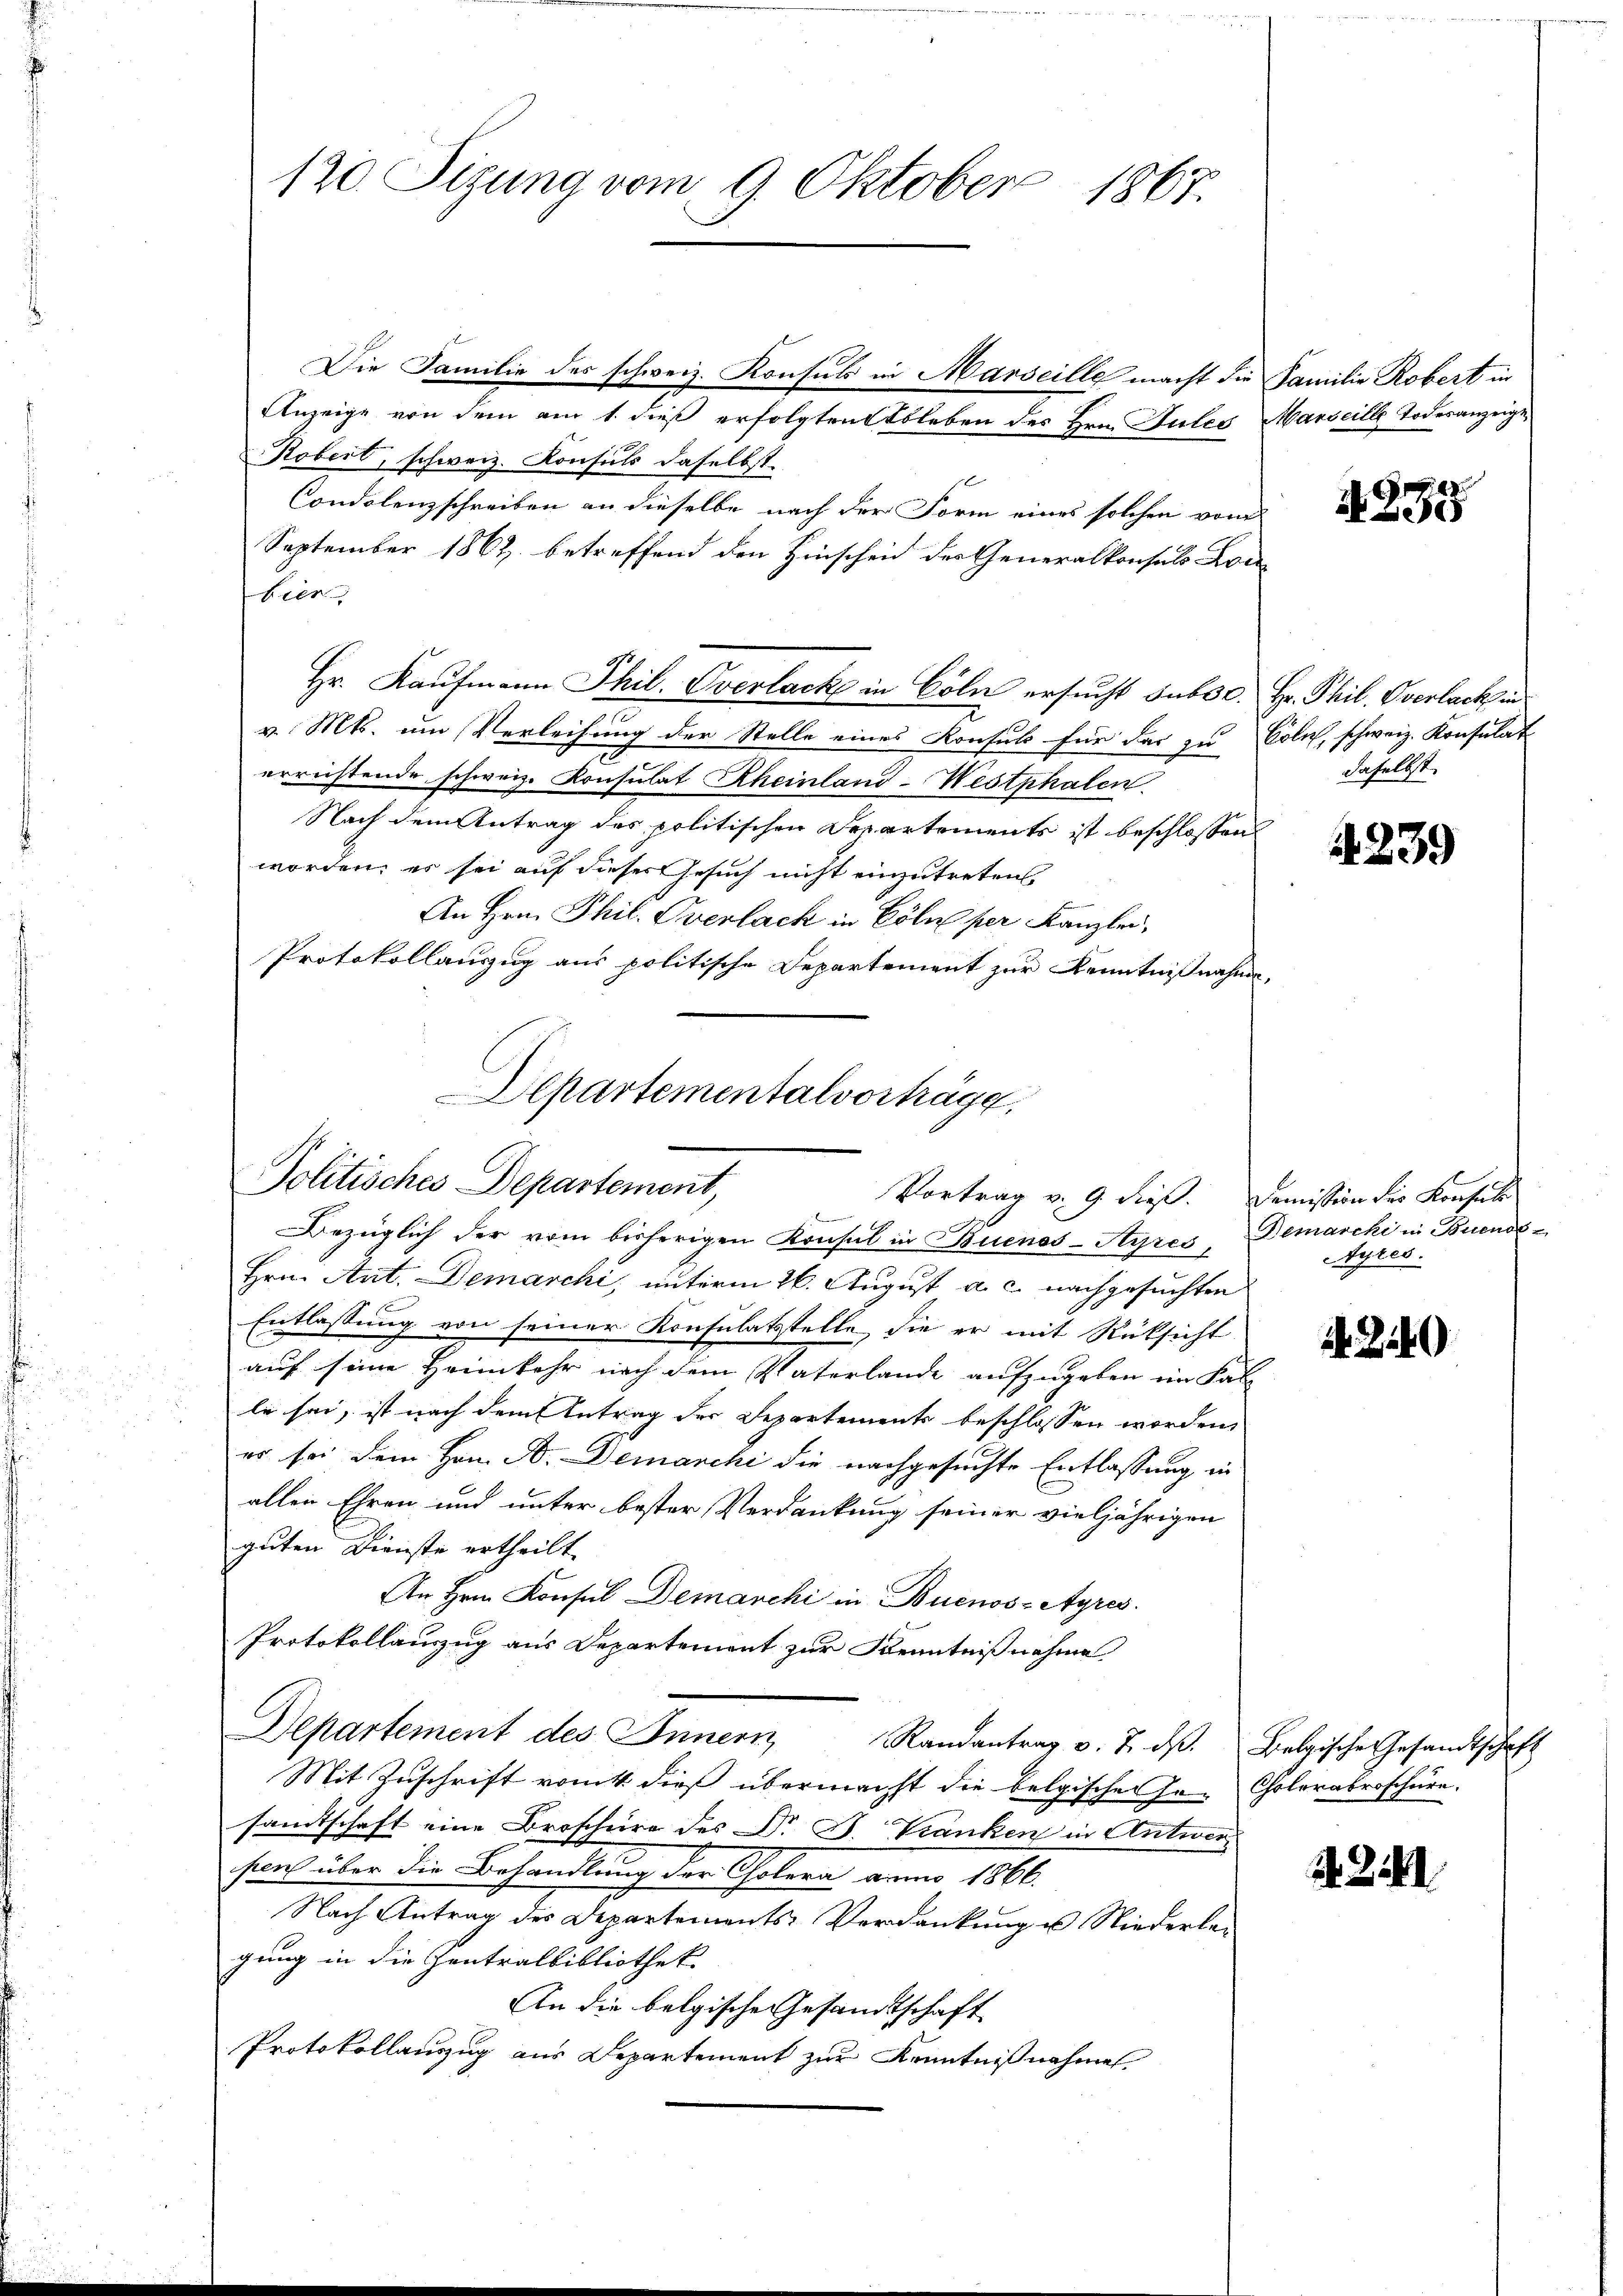
Die Familie des schweiz. Konsuls in Marseille macht die Familie Robert in
Anzeige von dem am 1. dieß erfolgtentsleben des Hrn. Gutes Marseille Todesanzeige
Robert, schweiz. Konsuls daselbst
1
Condolenzschreiben an dieselbe nach der Form eines solchen von
September 1862 betreffend den Hinscheid der Generalkonsuls Lon
bier
Hr. Kaufmann Phil. Overlack in Cöln ersucht subsc. Hr. Phil. Overlack in
v. Mts. um Verleihung der Stelle eines Konsuls für das zu Cölich, schweiz. Konsulat
errüstende schweiz. Konsulat Rheinland-Westphalen
Nach dem Antrag des politischen Separtements ist beschlossen:
worden; es sei auf dieser Gesuch nicht einzutreten
An Hrn. Phil. Overlack in Cöln per Kanzlei,
Protokollauszug aus politische Departement zur Kenntnißnahme,
Departementalverträge.

120. Sizung vom 9. Oktober 1867.

Politisches Departement,
Vortrag v. 9. dieß. Demission der Konstit

Bezüglich der vom bisherigen Konsul in Buenos-Ayres, Demarcki in Buenos-
Hrn. Ant. Demarchi, unterm 26. August a. c. nachgesuchten
s
Entlassung von seiner Konsulatsstelle, die er mit Rücksicht
auf seine Heimkehr nach dem Vaterlande aufzugeben im Fal
le sei, ist nach dem Antrag der Separtements beschlossen worden,
er sei dem Hrn. A. Demarchi die nachgesuchte Entlassung in
allen Ehren und unter bester Verdankung seiner vieljährigen
guten Dienste ertheilt.
An Hrn. Konsul Demanchi in Buenos-Ayres.
Protokollauszug aus Departement zur Kenntnißnahme
Departement des Innern Randantrag v. 7. dβ. Belgische Gesandtschaft
Mit Zuschrift von dieß übermacht die belgischen Ge- Cholerabroschüre.
sandtschaft eine Broschüre des Dr. B. Kranken in Antworsen über die Behandlung der Cholera vom 1866.
Nach Antrag des Departements-Verdankung u Niederlei
gung in die Zentralbibliothek
An die belgische Gesandtschaft
Protokollanzug aus Departement zur Kenntnißnahmen.

4235

daselbst.

1239

Ayres.

.24)

2. 3.